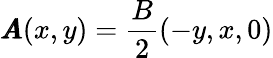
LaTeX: \pmb{A}(x,y)=\frac{B}{2}(-y,x,0)